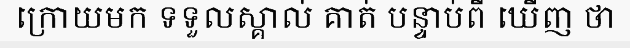
ក្រោយមក ទទួលស្គាល់ គាត់ បន្ទាប់ពី ឃើញ ថា